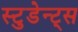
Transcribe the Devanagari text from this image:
स्टुडेन्ट्स